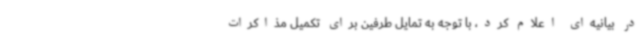
در بیانیه‌ای اعلام کرد، با توجه به تمایل طرفین برای تکمیل مذاکرات